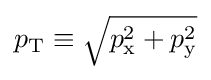
{\textstyle p_{\text{T}}\equiv {\sqrt {p_{\text{x}}^{2}+p_{\text{y}}^{2}}}}